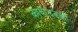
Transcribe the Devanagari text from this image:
कार्बाइडकी